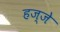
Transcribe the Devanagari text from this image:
हज्जे